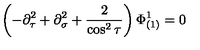
\left( - \partial _ { \tau } ^ { 2 } + \partial _ { \sigma } ^ { 2 } + \frac { 2 } { \cos ^ { 2 } \tau } \right) \Phi _ { ( 1 ) } ^ { 1 } = 0